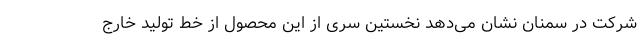
شرکت در سمنان نشان می‌دهد نخستین سری از این محصول از خط تولید خارج